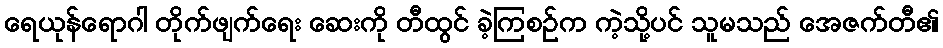
ရေယုန်ရောဂါ တိုက်ဖျက်ရေး ဆေးကို တီထွင် ခဲ့ကြစဉ်က ကဲ့သို့ပင် သူမသည် အေဇက်တီ၏